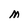
Character: M